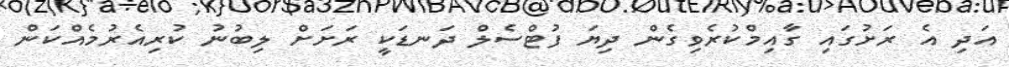
އަދި އެ ރަށުގައި ގާއިމްކުރެވިގެން ދިޔަ ފުޓްސެލް ދަނޑަކީ ރަށަށް ލިބުނު ކުރިއެރުމެއްކަން